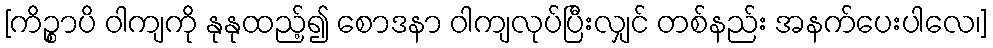
[ကိဉ္စာပိ ဝါကျကို နုနုထည့်၍ စောဒနာ ဝါကျလုပ်ပြီးလျှင် တစ်နည်း အနက်ပေးပါလေ၊]